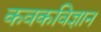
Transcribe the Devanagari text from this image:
कवकविज्ञान